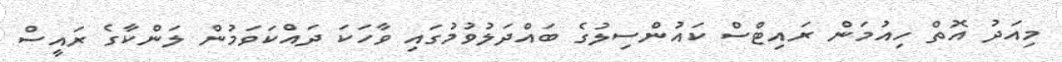
މިއަދު އޮތް ހިއުމަން ރައިޓްސް ކައުންސިލުގެ ބައްދަލުވުމުގައި ވާހަކަ ދައްކަވަމުން ލަންކާގެ ރައީސް